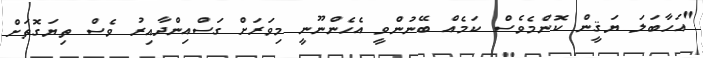
"އަހާބަލަ ޔަޤީން ކޮންމެވެސް ކަމެއް ބޭނުންވީ އެހެންނޫނީ މިވަރަށް ގަސްއިންދާއިރު ވެސް ތިޔަގޮތަށް